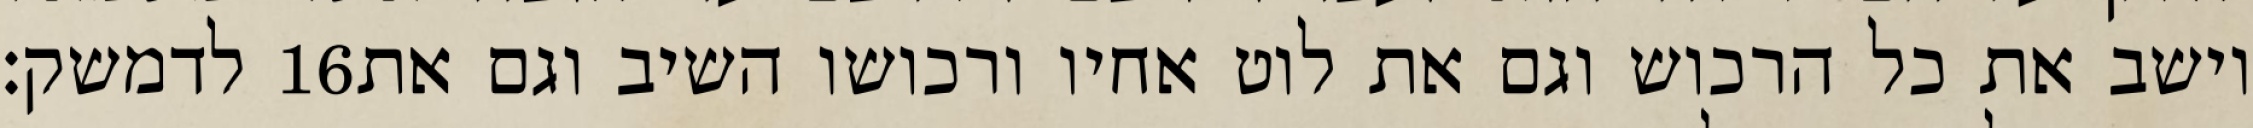
לדמשק׃ ‎16‏ וישב את כל הרכוש וגם את לוט אחיו ורכושו השיב וגם את